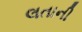
લતાની